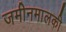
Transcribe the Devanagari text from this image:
जमीनमालकी